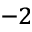
^ { - 2 }